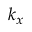
k _ { x }